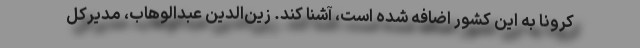
کرونا به این کشور اضافه شده است، آشنا کند. زین‌الدین عبدالوهاب، مدیرکل